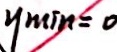
y \min = 0